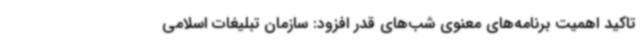
تاکید اهمیت برنامه‌های معنوی شب‌های قدر افزود: سازمان تبلیغات اسلامی